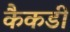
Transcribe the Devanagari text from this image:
कैकडी